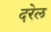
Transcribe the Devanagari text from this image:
दरेल